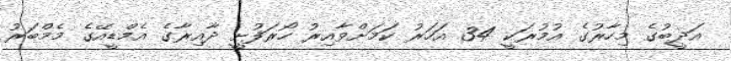
އަދީބުގެ މިހާރުގެ އުމުރަކީ 34 އަހަރު ކަމަށްވާއިރު ހޯރަފުށީ ދާއިރާގެ އެމްޑީއޭގެ މެމްބަރު